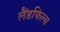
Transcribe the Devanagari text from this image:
लैंडफिल्स